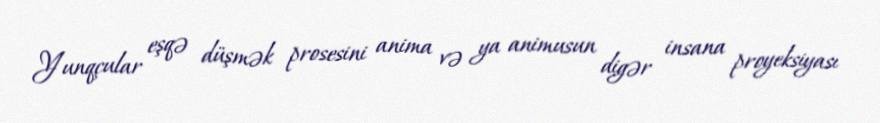
Yunqçular eşqə düşmək prosesini anima və ya animusun digər insana proyeksiyası